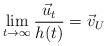
LaTeX: \begin{align*}\lim_{t\to\infty}\frac{\vec u_t}{h(t)} = \vec v_U\end{align*}